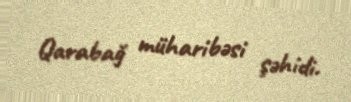
Qarabağ müharibəsi şəhidi.